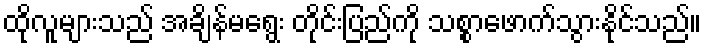
ထိုလူများသည် အချိန်မရွေး တိုင်းပြည်ကို သစ္စာဖောက်သွားနိုင်သည်။